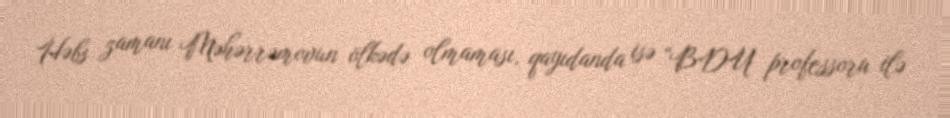
Həbs zamanı Məhərrəmovun ölkədə olmaması, qayıdanda isə “BDU professoru ilə